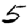
Digit: 5